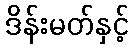
ဒိန်းမတ်နှင့်